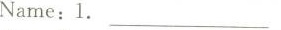
Name:1. __